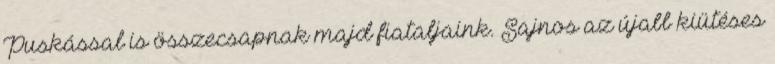
Puskással is összecsapnak majd fiataljaink. Sajnos az újabb kiütéses